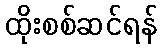
ထိုးစစ်ဆင်ရန်